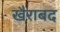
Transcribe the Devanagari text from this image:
खैराबद